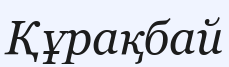
Құрақбай